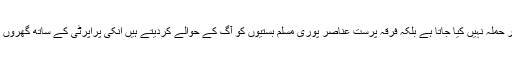
جب فساد ہوتا ہے پتہ چلتا ہے کہ وہاں جماعتیں اور مسلک پوچھ کر حملہ نہیں کیا جاتا ہے بلکہ فرقہ پرست عناصر پوری مسلم بستیوں کو آگ کے حوالے کردیتے ہیں انکی پراپرٹی کے ساتھ گھروں کو آگ لگا دیتے ہیں بچوں خواتین بوڑھوں تک کو نہیں بخشتے ہیں۔